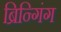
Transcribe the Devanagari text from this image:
ब्रिन्गिंग